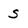
Character: S